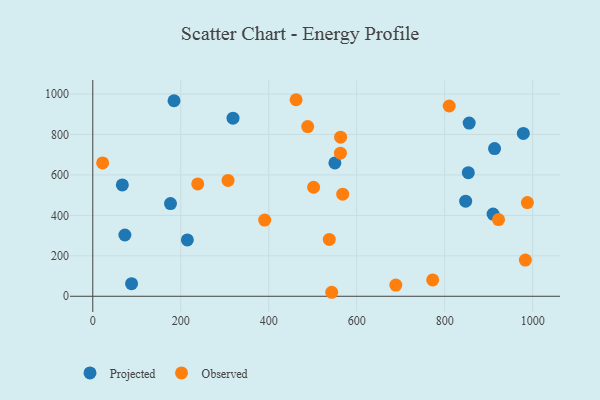
{"axis": {"x": "Speed", "y": "Exam Score"}, "legend": ["Observed", "Projected"], "data": [{"x": "184.7", "y": 966.7, "type": "Projected"}, {"x": "318.8", "y": 880.8, "type": "Projected"}, {"x": "215.0", "y": 278.4, "type": "Projected"}, {"x": "853.7", "y": 611.2, "type": "Projected"}, {"x": "73.0", "y": 303.0, "type": "Projected"}, {"x": "855.7", "y": 856.2, "type": "Projected"}, {"x": "847.7", "y": 470.2, "type": "Projected"}, {"x": "176.7", "y": 458.4, "type": "Projected"}, {"x": "67.2", "y": 550.8, "type": "Projected"}, {"x": "913.4", "y": 730.2, "type": "Projected"}, {"x": "910.0", "y": 406.3, "type": "Projected"}, {"x": "978.8", "y": 805.1, "type": "Projected"}, {"x": "88.2", "y": 62.1, "type": "Projected"}, {"x": "550.4", "y": 659.4, "type": "Projected"}, {"x": "983.4", "y": 179.1, "type": "Observed"}, {"x": "988.0", "y": 463.2, "type": "Observed"}, {"x": "390.8", "y": 376.7, "type": "Observed"}, {"x": "462.2", "y": 971.8, "type": "Observed"}, {"x": "922.4", "y": 379.2, "type": "Observed"}, {"x": "22.4", "y": 659.5, "type": "Observed"}, {"x": "238.6", "y": 555.4, "type": "Observed"}, {"x": "502.0", "y": 539.0, "type": "Observed"}, {"x": "543.2", "y": 19.8, "type": "Observed"}, {"x": "772.8", "y": 80.7, "type": "Observed"}, {"x": "537.7", "y": 280.9, "type": "Observed"}, {"x": "563.0", "y": 707.6, "type": "Observed"}, {"x": "810.3", "y": 940.8, "type": "Observed"}, {"x": "307.5", "y": 572.6, "type": "Observed"}, {"x": "688.9", "y": 55.5, "type": "Observed"}, {"x": "563.4", "y": 786.4, "type": "Observed"}, {"x": "488.6", "y": 839.1, "type": "Observed"}, {"x": "568.2", "y": 504.8, "type": "Observed"}]}